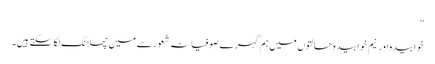
”
خوابیدہ اور نیم خوابیدہ حالتوں میں ہم گہرے صوفیانہ شعور سے میں چھلانگ لگا سکتے ہیں۔